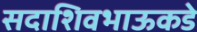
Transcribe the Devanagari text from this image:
सदाशिवभाऊकडे